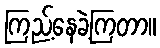
ကြည့်နေခဲ့ကြတာ။